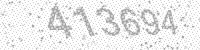
Solution: 413694